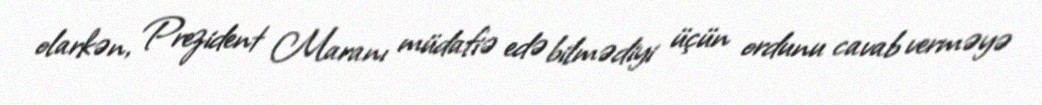
olarkən, Prezident Maranı müdafiə edə bilmədiyi üçün ordunu cavab verməyə